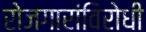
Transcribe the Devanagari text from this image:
रोजगारांविरोधी